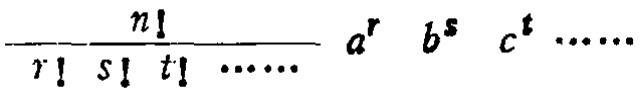
\frac{n!}{r! s! t! \cdots} a^{r} b^{s} c^{t} \cdots